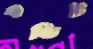
এডিট